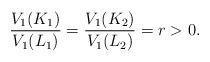
LaTeX: \begin{align*} \frac{V_1(K_1)}{V_1(L_1)} = \frac{V_1(K_2)}{V_1(L_2)} = r >0. \end{align*}